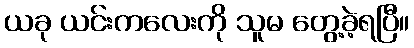
ယခု ယင်းကလေးကို သူမ တွေ့ခဲ့ရပြီ။